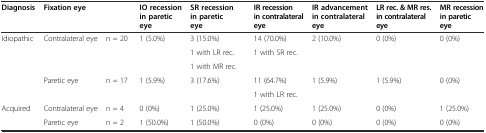
<table><thead><tr><td><b>Diagnosis</b></td><td><b>Fixation eye</b></td><td></td><td><b>IO recession in paretic eye</b></td><td><b>SR recession in paretic eye</b></td><td><b>IR recession in contralateral eye</b></td><td><b>IR advancement in contralateral eye</b></td><td><b>LR rec. &amp; MR res. in contralateral eye</b></td><td><b>MR recession in paretic eye</b></td></tr></thead><tbody><tr><td>Idiopathic</td><td>Contralateral eye</td><td>n = 20</td><td>1 (5.0%)</td><td>3 (15.0%)</td><td>14 (70.0%)</td><td>2 (10.0%)</td><td>0 (0%)</td><td>0 (0%)</td></tr><tr><td></td><td></td><td></td><td></td><td>1 with LR rec.</td><td>1 with SR rec.</td><td></td><td></td><td></td></tr><tr><td></td><td></td><td></td><td></td><td>1 with MR rec.</td><td></td><td></td><td></td><td></td></tr><tr><td></td><td>Paretic eye</td><td>n = 17</td><td>1 (5.9%)</td><td>3 (17.6%)</td><td>11 (64.7%)</td><td>1 (5.9%)</td><td>1 (5.9%)</td><td>0 (0%)</td></tr><tr><td></td><td></td><td></td><td></td><td></td><td>1 with LR rec.</td><td></td><td></td><td></td></tr><tr><td>Acquired</td><td>Contralateral eye</td><td>n = 4</td><td>0 (0%)</td><td>1 (25.0%)</td><td>1 (25.0%)</td><td>1 (25.0%)</td><td>0 (0%)</td><td>1 (25.0%)</td></tr><tr><td></td><td>Paretic eye</td><td>n = 2</td><td>1 (50.0%)</td><td>1 (50.0%)</td><td>0 (0%)</td><td>0 (0%)</td><td>0 (0%)</td><td>0 (0%)</td></tr></tbody></table>